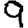
Digit: 9